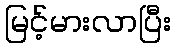
မြင့်မားလာပြီး